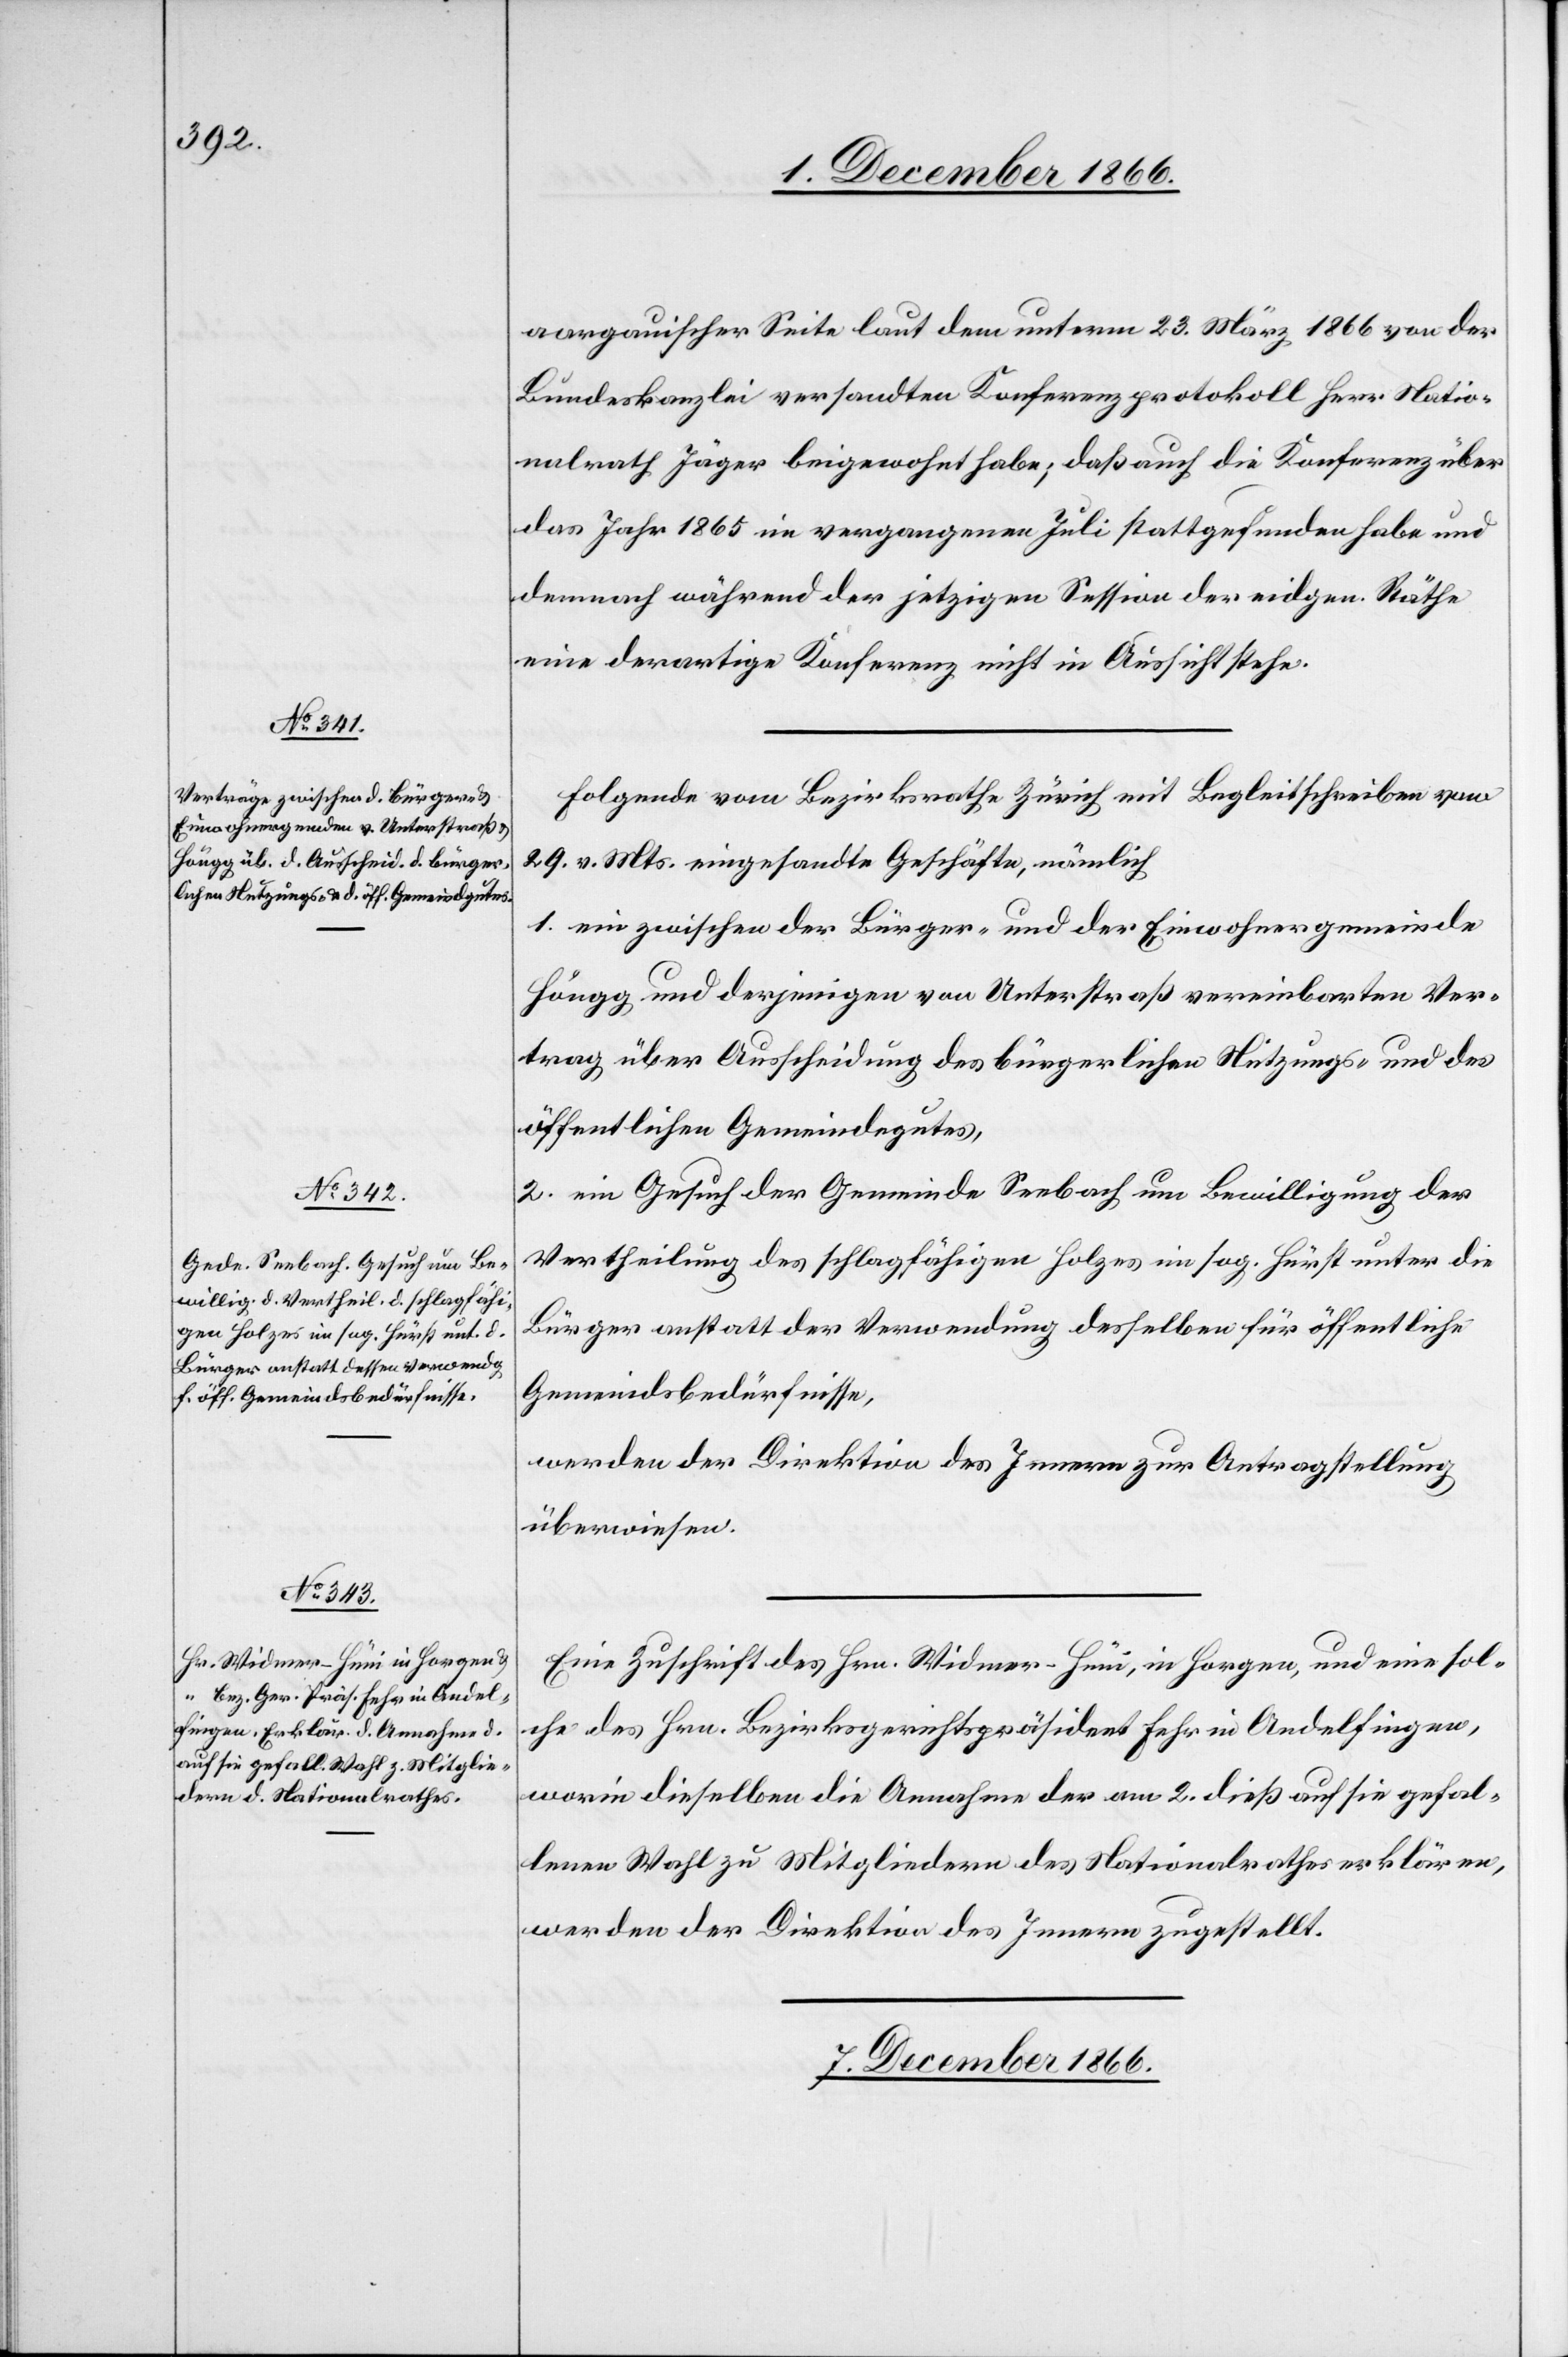
aargauischer Seite laut dem unterm 23. März 1866 von der
Bundeskanzlei versandten Konferenzprotokoll Herr Natio¬
nalrath Jäger beigewohnt habe; daß auch die Konferenz über
das Jahr 1865 im vergangenen Juli stattgefunden habe und
demnach während der jetzigen Session der eidgen. Räthe
eine derartige Konferenz nicht in Aussicht stehe.
Folgende vom Bezirksrathe Zürich mit Begleitschreiben vom
29. v. Mts. eingesandte Geschäfte, nämlich
1. ein zwischen der Bürger- und der Einwohnergemeinde
Höngg und derjenigen von Unterstraß vereinbarten
Vertrag über Ausscheidung des bürgerlichen Nutzungs- und des
öffentlichen Gemeindegutes,
2. ein Gesuch der Gemeinde Seebach um Bewilligung der
Vertheilung des schlagfähigen Holzes im sog. Hürst unter die
Bürger anstatt der Verwendung desselben für öffentliche
Gemeindsbedürfnisse,
werden der Direktion des Innern zur Antragstellung
überwiesen.
Eine Zuschrift des Hrn. Widmer-Hüni, in Horgen, und eine sol¬
che des Hrn. Bezirksgerichtspräsident Fehr in Andelfingen,
worin dieselben die Annahme der am 2. dieß auf sie gefal¬
lenen Wahl zu Mitgliedern des Nationalrathes erklären,
werden der Direktion des Innern zugestellt.
7. December 1866.